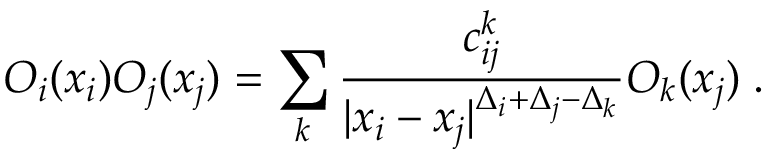
{ \cal O } _ { i } ( x _ { i } ) { \cal O } _ { j } ( x _ { j } ) = \sum _ { k } { \frac { c _ { i j } ^ { k } } { | x _ { i } - x _ { j } | ^ { \Delta _ { i } + \Delta _ { j } - \Delta _ { k } } } } { \cal O } _ { k } ( x _ { j } ) \; .